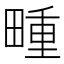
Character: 畽